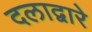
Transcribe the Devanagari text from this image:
दलाद्वारे